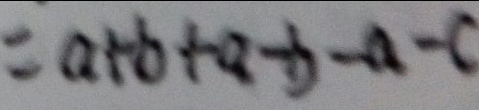
= a + b + a - b - a - c